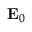
\mathbf { E } _ { 0 }